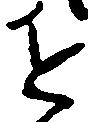
近